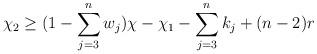
LaTeX: \begin{align*}\chi_2 \geq (1 -\sum\limits_{j = 3}^n w_j)\chi - \chi_1 - \sum\limits_{j =3}^n k_j +(n-2)r\end{align*}